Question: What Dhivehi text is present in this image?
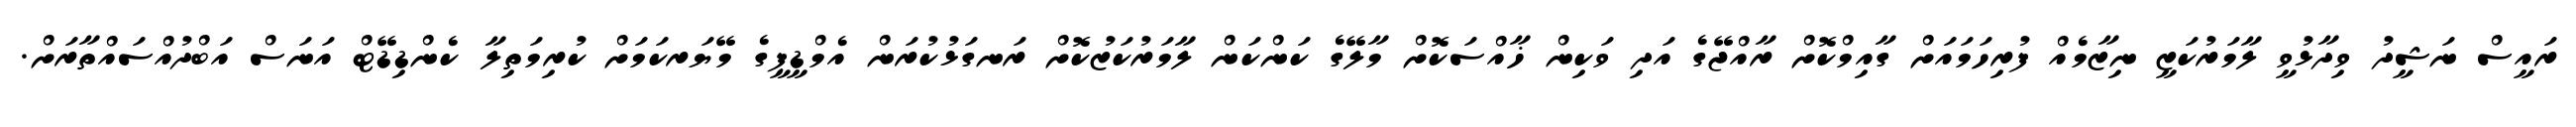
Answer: ރައީސް ނަޝީދު ވިދާޅުވީ ލާމަރުކަޒީ ނިޒާމެއް ފުރިހަމައަށް ގާއިމްކޮށް ރާއްޖޭގެ އަދި ވަކިން ޚާއްސަކޮށް މާލޭގެ ކަންކަން ލާމަރުކަޒުކޮށް ރަނގަޅުކުރަން އެމްޑީޕީގެ މޭޔަރކަމަށް ކުރިމަތިލާ ކެންޑިޑޭޓް އަނަސް އަބްދުއްސައްތާރަށް.